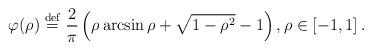
LaTeX: \begin{align*}\varphi (\rho )\stackrel{\mathrm{def}}{=}\frac{2}{\pi }\left( \rho \arcsin\rho +\sqrt{1-\rho ^{2}}-1\right) ,\rho \in \left[ -1,1\right] .\end{align*}